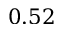
0 . 5 2